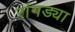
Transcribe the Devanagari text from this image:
रांगड्या